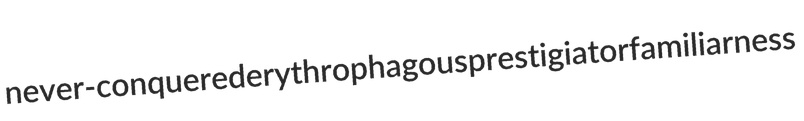
never-conquered erythrophagous prestigiator familiarness